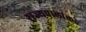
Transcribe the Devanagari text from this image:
राज्यपालांकडे